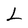
Character: L